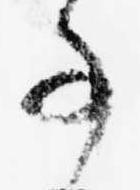
事